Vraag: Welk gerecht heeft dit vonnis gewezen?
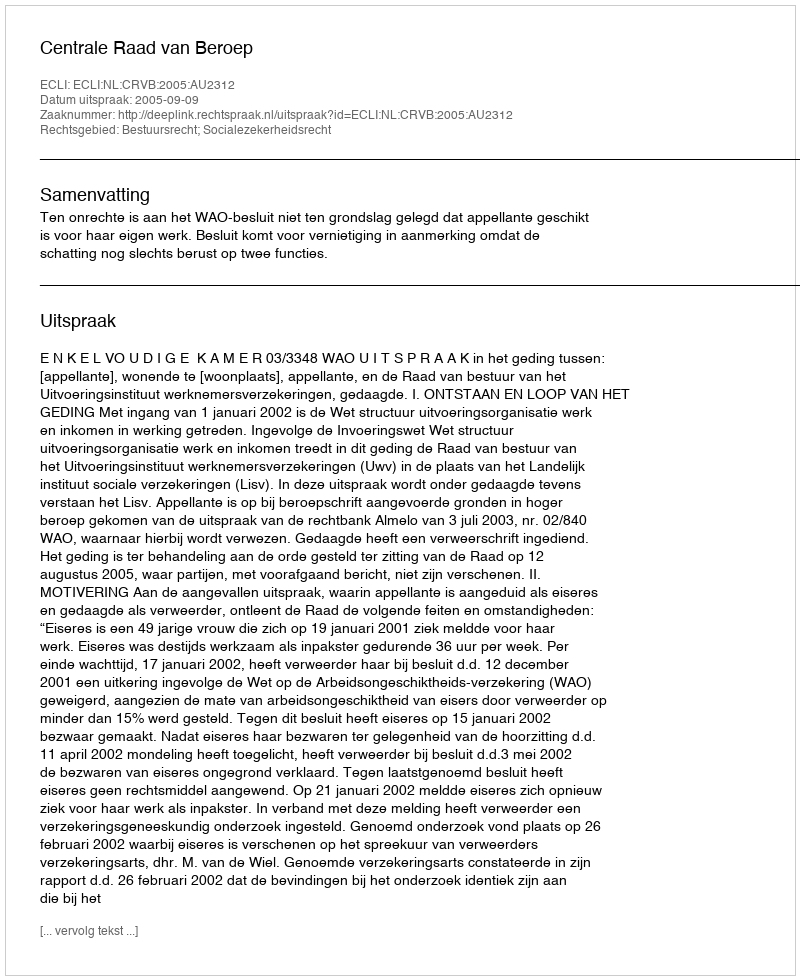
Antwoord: Centrale Raad van Beroep